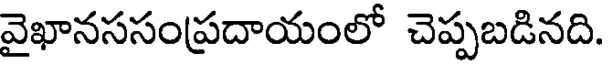
వైఖానససంప్రదాయంలో చెప్పబడినది.